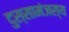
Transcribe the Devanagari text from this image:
दुस्सामंजस्य